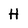
Character: H